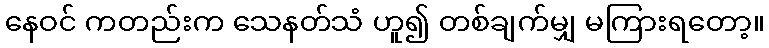
နေဝင် ကတည်းက သေနတ်သံ ဟူ၍ တစ်ချက်မျှ မကြားရတော့။